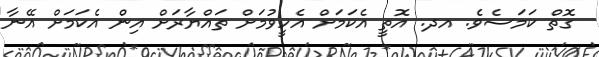
ގޮތް ކަމަސެވެ. އދ. އޮތީ އެކަަމަށް އެހީވުމަށް ތައްޔާރަަށް އިން އެކަމަށް އޭނާ